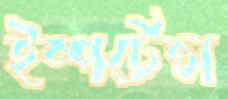
ইম্পর্টেন্স